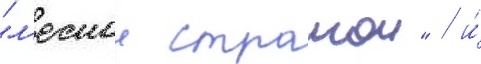
"л'еснои странои" / и́